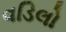
વડિલો